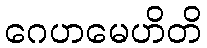
ဂေဟမေဟိတိ